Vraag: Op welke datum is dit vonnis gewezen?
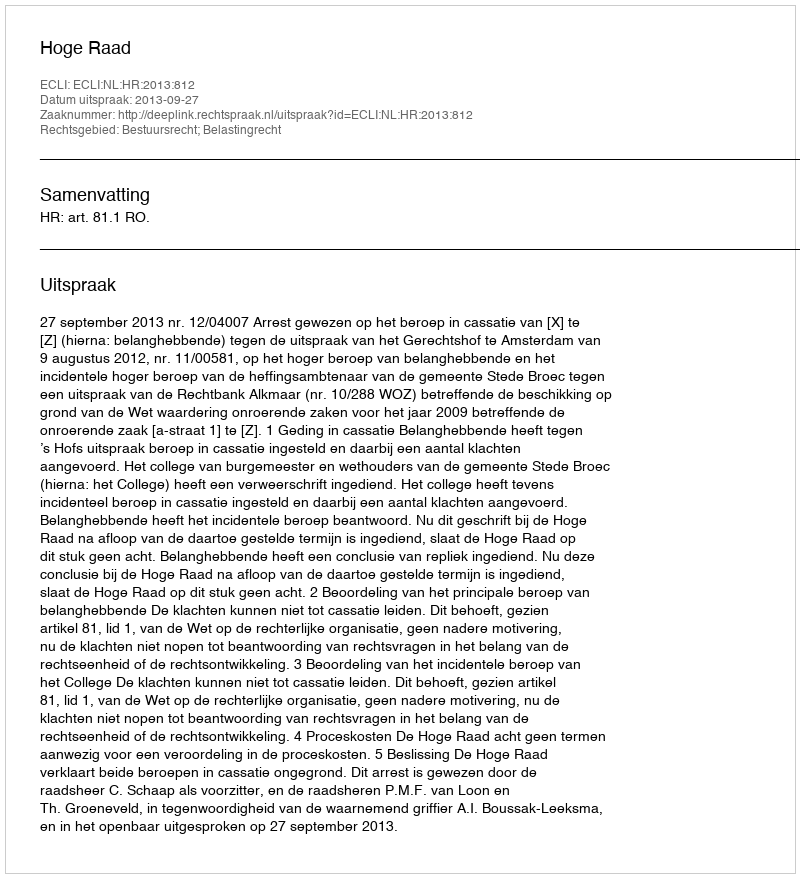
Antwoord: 2013-09-27